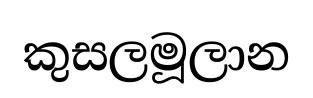
කුසලමූලාන